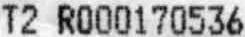
T2 R000170536